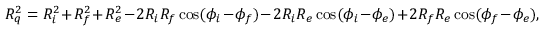
{ \cal R } _ { q } ^ { 2 } = { \cal R } _ { i } ^ { 2 } + { \cal R } _ { f } ^ { 2 } + { \cal R } _ { e } ^ { 2 } - 2 { \cal R } _ { i } { \cal R } _ { f } \cos ( \phi _ { i } - \phi _ { f } ) - 2 { \cal R } _ { i } { \cal R } _ { e } \cos ( \phi _ { i } - \phi _ { e } ) + 2 { \cal R } _ { f } { \cal R } _ { e } \cos ( \phi _ { f } - \phi _ { e } ) ,